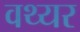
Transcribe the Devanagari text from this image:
वथ्यर